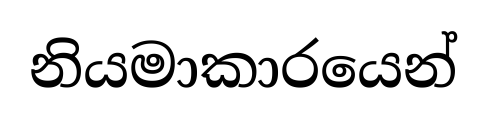
නියමාකාරයෙන්